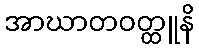
အာဃာတဝတ္ထူနိ